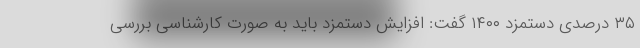
۳۵ درصدی دستمزد ۱۴۰۰ گفت: افزایش دستمزد باید به صورت کارشناسی بررسی